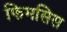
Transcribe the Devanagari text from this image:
फिमसिस